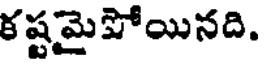
కష్టమైపోయినది.